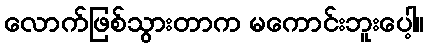
လောက်ဖြစ်သွားတာက မကောင်းဘူးပေါ့။